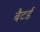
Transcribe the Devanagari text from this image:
बैटर्ड